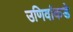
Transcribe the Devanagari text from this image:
उणिवांकडे